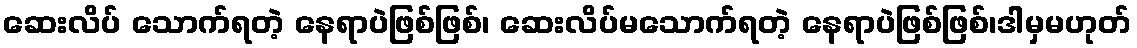
ဆေးလိပ် သောက်ရတဲ့ နေရာပဲဖြစ်ဖြစ်၊ ဆေးလိပ်မသောက်ရတဲ့ နေရာပဲဖြစ်ဖြစ်၊ဒါမှမဟုတ်